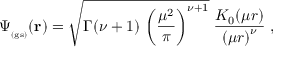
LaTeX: \Psi _ { _ \mathrm { ( g s ) } } ( { \bf r } ) = \sqrt { \Gamma ( \nu + 1 ) \, \left( \frac { \mu ^ { 2 } } { \pi } \right) ^ { \nu + 1 } } \; \frac { K _ { 0 } ( \mu r ) } { \left( \mu r \right) ^ { \nu } } \; ,